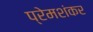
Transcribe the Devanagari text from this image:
प्रेमशंकर